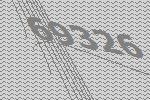
69326